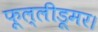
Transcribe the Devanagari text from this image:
फूल्लीडूमर।